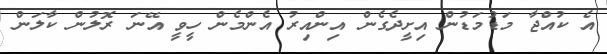
އެ ކުއްޖާ މަޑުމަޑުން އިށީދެގެން އިންއިރު އެންމެން ހީވީ އޭނަ ރޮލުން ކާލަން